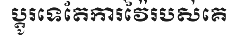
ប្តូរទេតែការវ៉ៃរបស់គេ